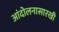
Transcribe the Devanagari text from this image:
आंदोलनासारखी